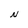
Character: N